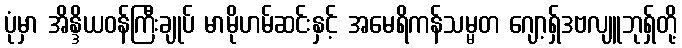
ပုံမှာ အိန္ဒိယဝန်ကြီးချုပ် မာမိုဟမ်ဆင်းနှင့် အမေရိကန်သမ္မတ ဂျော့ရှ်ဒဗလျူဘုရှ်တို့